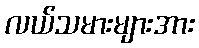
လယ်သမားများအား